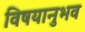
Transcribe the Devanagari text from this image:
विषयानुभव